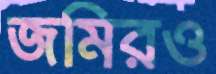
জমিরও